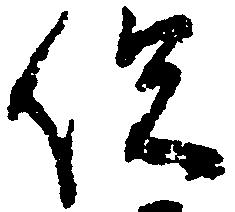
俣